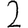
Digit: 2